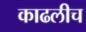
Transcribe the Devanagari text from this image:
काढलीच